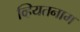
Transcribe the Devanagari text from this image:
व्हियतनाम